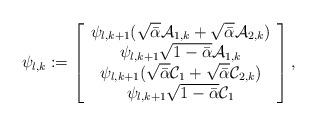
LaTeX: \begin{align*}&\psi_{l,k}:=\left[\begin{array}{cccc}\psi_{l,k+1}(\sqrt{\bar{\alpha}}\mathcal {A}_{1,k}+\sqrt{\bar{\alpha}}\mathcal {A}_{2,k})\\\psi_{l,k+1}\sqrt{1-\bar{\alpha}}\mathcal {A}_{1,k}\\\psi_{l,k+1}(\sqrt{\bar{\alpha}}\mathcal {C}_{1}+\sqrt{\bar{\alpha}}\mathcal {C}_{2,k})\\\psi_{l,k+1}\sqrt{1-\bar{\alpha}}\mathcal {C}_{1}\\\end{array}\right],\end{align*}